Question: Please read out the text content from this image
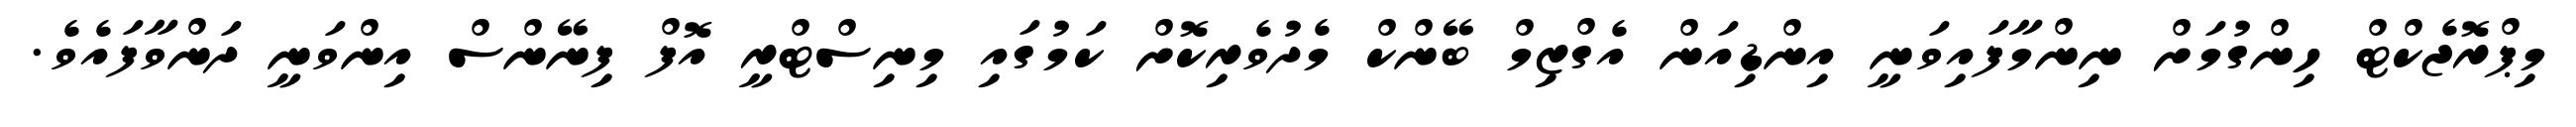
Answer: މިޕްރޮޖެކްޓް ހިންގުމަށް ނިންމާފައިވަނީ އިންޑިއަން އެގްޒިމް ބޭންކް މެދުވެރިކޮށް ކަމުގައި މިނިސްޓްރީ އޮފް ފިނޭންސް އިންވަނީ ދަންވާފައެވެ.